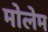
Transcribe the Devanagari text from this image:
मोलेम